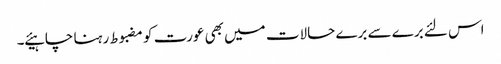
اس لئے برے سے برے حالات میں بھی عورت کو مضبوط رہنا چاہیئے ۔